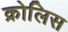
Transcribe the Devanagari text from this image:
क्रोलिस